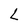
Character: L